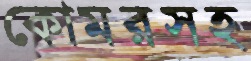
কোমরসহ